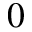
0